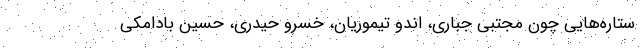
ستاره‌هایی چون مجتبی جباری، اندو تیموریان، خسرو حیدری، حسین بادامکی